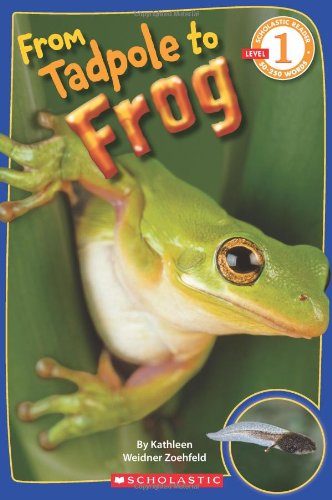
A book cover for Scholastic Reader Level 1: From Tadpole to Frog; Kathleen Weidner Zoehfeld; Children's Books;